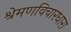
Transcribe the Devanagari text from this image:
श्रेमणविचारधारा